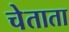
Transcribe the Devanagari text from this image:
चेताता